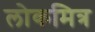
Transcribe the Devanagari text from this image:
लोकमित्र